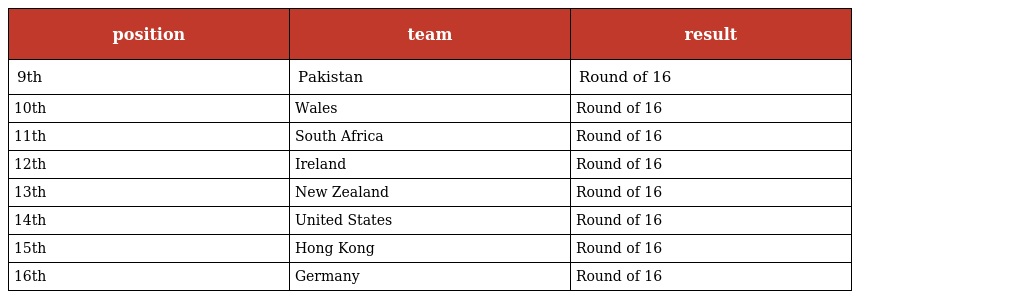
| position | team | result |
 | --- | --- | --- |
 | 9th | Pakistan | Round of 16 |
 | 10th | Wales | Round of 16 |
 | 11th | South Africa | Round of 16 |
 | 12th | Ireland | Round of 16 |
 | 13th | New Zealand | Round of 16 |
 | 14th | United States | Round of 16 |
 | 15th | Hong Kong | Round of 16 |
 | 16th | Germany | Round of 16 |